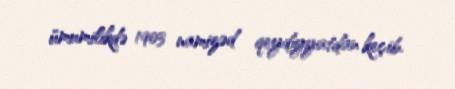
ümumilikdə 1903 namizəd qeydiyyatdan keçib.